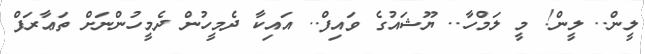
ލީން.. ލީން! މީ ލަމްހާ.. ޔޫޝައުގެ ވައިފް.. އައިކާ ދެމީހުން ދެމީހުންނަށް ތަޢާރަފް